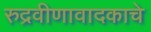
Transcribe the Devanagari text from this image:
रुद्रवीणावादकाचे